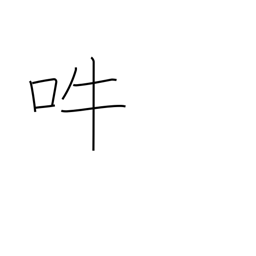
Meaning: bark